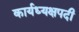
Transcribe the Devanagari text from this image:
कार्यध्यक्षपदी